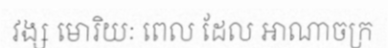
វង្ស មោរិយៈ ពេល ដែល អាណាចក្រ